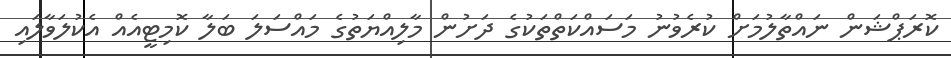
ކޮރަޕްޝަން ނައްތާލުމަށް ކުރެވުނު މަސައްކަތްތަކުގެ ދަށުން މާލިއްޔަތުގެ މައްސަލަ ބަލާ ކޮމިޓީއެއް އެކުލަވާލައި